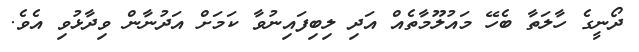
ދޯނީގެ ހާލަތާ ބެހޭ މައުލޫމާތެއް އަދި ލިބިފައިނުވާ ކަމަށް އަދުނާން ވިދާޅުވި އެވެ.